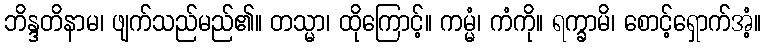
ဘိန္ဒတိနာမ၊ ဖျက်သည်မည်၏။ တသ္မာ၊ ထိုကြောင့်။ ကမ္မံ၊ ကံကို။ ရက္ခာမိ၊ စောင့်ရှောက်အံ့။